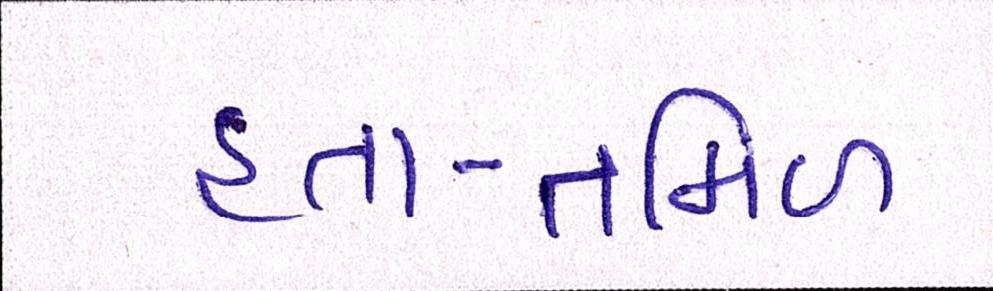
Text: હતા-તમિળ